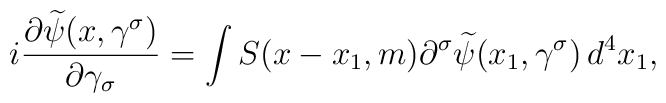
i \frac{\partial \widetilde{\psi}(x, \gamma^\sigma)}{\partial \gamma_\sigma} = \int S(x - x_1, m) \partial^\sigma \widetilde{\psi}(x_1, \gamma^\sigma) \, d^4x_1,